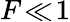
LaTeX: F\! \ll\! 1